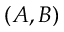
( A , B )